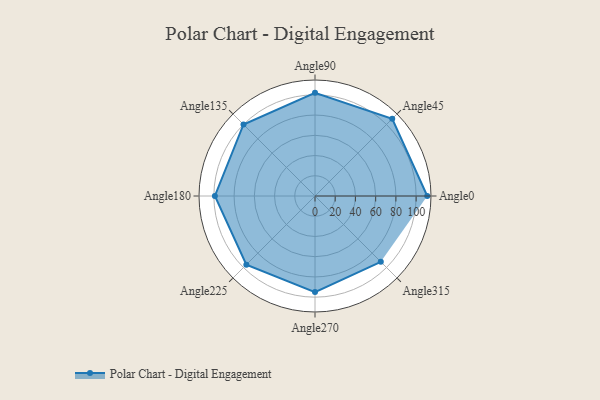
{"axis": {"x": "Angle", "y": "Radius"}, "legend": [""], "data": [{"x": "Angle0", "y": 111.0, "type": ""}, {"x": "Angle45", "y": 108.0, "type": ""}, {"x": "Angle90", "y": 102.0, "type": ""}, {"x": "Angle135", "y": 100.0, "type": ""}, {"x": "Angle180", "y": 99.0, "type": ""}, {"x": "Angle225", "y": 96.0, "type": ""}, {"x": "Angle270", "y": 95.0, "type": ""}, {"x": "Angle315", "y": 92.0, "type": ""}]}